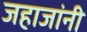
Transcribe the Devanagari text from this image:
जहाजांनी